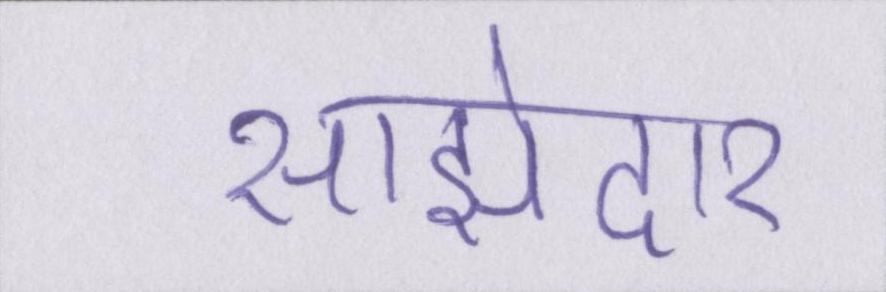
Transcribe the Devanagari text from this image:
साझेदार